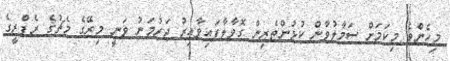
މިހެންވެ މިކަމަށް ސަމާލުވާން ކުޅުންތެރިން ގޮވާލާފައިވާއިރު ޖަރުމަނު ވަނީ މިރޭގެ މެޗުގެ ރެފްރީގެ